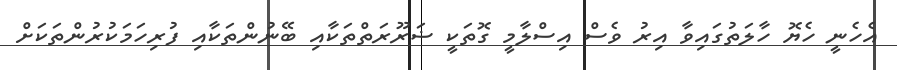
އެހެނީ ހެޔޮ ހާލަތުގައިވާ އިރު ވެސް އިސްލާމީ ގޮތަކީ ޟަރޫރަތްތަކާއި ބޭނުންތަކާއި ފުރިހަމަކުރުންތަކަށް